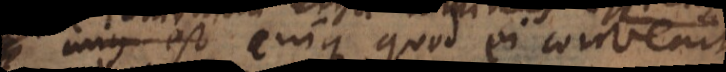
ut cuique quod ei convenit